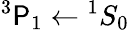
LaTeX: ^3\mathsf{P}_{1}\leftarrow{}^{1}S_{0}